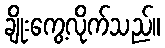
ချိုးကွေ့လိုက်သည်။